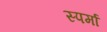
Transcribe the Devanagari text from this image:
स्पर्मा